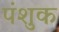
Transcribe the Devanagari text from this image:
पंशुक